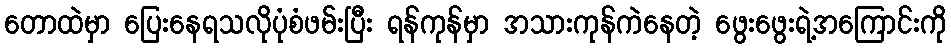
တောထဲမှာ ပြေးနေရသလိုပုံစံဖမ်းပြီး ရန်ကုန်မှာ အသားကုန်ကဲနေတဲ့ ဖွေးဖွေးရဲ့အကြောင်းကို